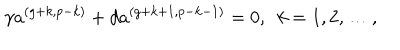
\gamma a ^ { ( g + k , p - k ) } + d a ^ { ( g + k + 1 , p - k - 1 ) } = 0 , \ \ k = 1 , 2 , \ldots ,